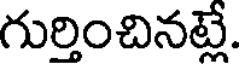
గుర్తించినట్లే.